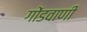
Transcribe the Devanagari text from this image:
गोंडवाणी